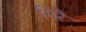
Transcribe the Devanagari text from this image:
गिरै